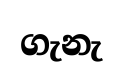
ගැනැ